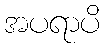
အပရာပိ